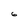
Character: 6